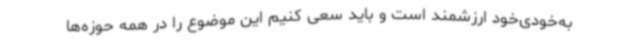
به‌خودی‌خود ارزشمند است و باید سعی کنیم این موضوع را در همه حوزه‌ها